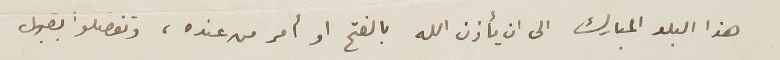
هذا البلد المبارك الى ان يأذن الله بالفتح او أمر من عنده، وتفضلوا بقبول